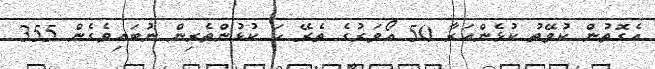
އެގޮތުން ކުވޭތު ކުޅެންއަރާ 50 އޯވަރުގެ ތެރޭ ހަ ކުޅުންތެރިން ނުބައިވެގެން 355